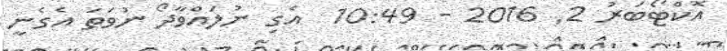
އޮކްޓޯބަރު 2